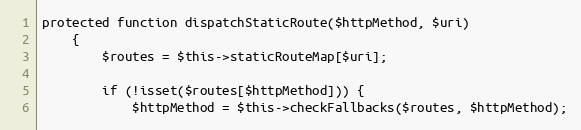
Language: PHP
protected function dispatchStaticRoute($httpMethod, $uri)
    {
        $routes = $this->staticRouteMap[$uri];

        if (!isset($routes[$httpMethod])) {
            $httpMethod = $this->checkFallbacks($routes, $httpMethod);